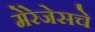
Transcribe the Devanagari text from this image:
मेरेजेसचे